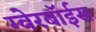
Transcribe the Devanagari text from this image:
ग्‍वेरबॉईस